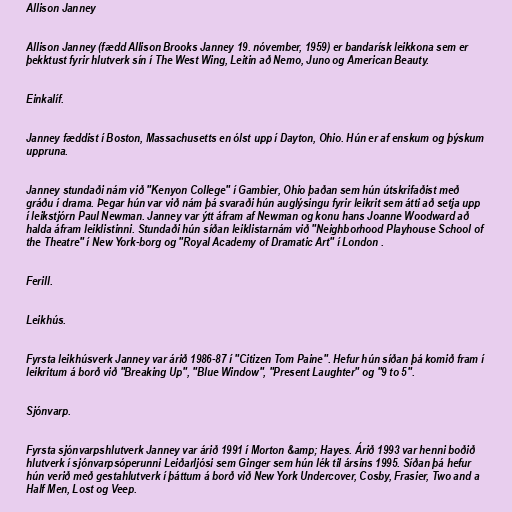
Allison Janney

Allison Janney (fædd Allison Brooks Janney 19. nóvember, 1959) er bandarísk leikkona sem er
þekktust fyrir hlutverk sín í The West Wing, Leitin að Nemo, Juno og American Beauty.

Einkalíf.

Janney fæddist í Boston, Massachusetts en ólst upp í Dayton, Ohio. Hún er af enskum og þýskum
uppruna.

Janney stundaði nám við "Kenyon College" í Gambier, Ohio þaðan sem hún útskrifaðist með
gráðu í drama. Þegar hún var við nám þá svaraði hún auglýsingu fyrir leikrit sem átti að setja upp
í leikstjórn Paul Newman. Janney var ýtt áfram af Newman og konu hans Joanne Woodward að
halda áfram leiklistinni. Stundaði hún síðan leiklistarnám við "Neighborhood Playhouse School of
the Theatre" í New York-borg og "Royal Academy of Dramatic Art" í London .

Ferill.

Leikhús.

Fyrsta leikhúsverk Janney var árið 1986-87 í "Citizen Tom Paine". Hefur hún síðan þá komið fram í
leikritum á borð við "Breaking Up", "Blue Window", "Present Laughter" og "9 to 5".

Sjónvarp.

Fyrsta sjónvarpshlutverk Janney var árið 1991 í Morton &amp; Hayes. Árið 1993 var henni boðið
hlutverk í sjónvarpsóperunni Leiðarljósi sem Ginger sem hún lék til ársins 1995. Síðan þá hefur
hún verið með gestahlutverk í þáttum á borð við New York Undercover, Cosby, Frasier, Two and a
Half Men, Lost og Veep.